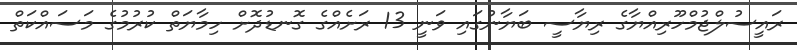
ރައީސުލްޖުމްހޫރިއްޔާގެ ރިޔާސީ ބަޔާނުގައި ވަނީ 13 ރަށެއްގެ ގޮނޑުދޮށް ހިމާޔަތް ކުރުމުގެ މަސައްކަތް